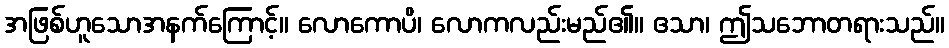
အဖြစ်ဟူသောအနက်ကြောင့်။ လောကောပိ၊ လောကလည်းမည်၏။ ဧသာ၊ ဤသဘောတရားသည်။